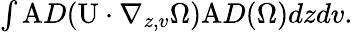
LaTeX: \begin{array}{r}{\int\mathrm{A}D(\mathrm{U}\cdot\nabla_{z,v}\Omega)\mathrm{A}D(\Omega)dzdv.}\end{array}